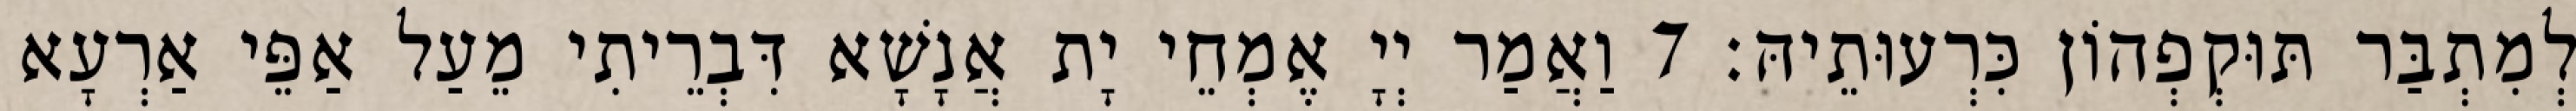
לְמִתְבַּר תּוּקְפְהוֹן כִּרְעוּתֵיהּ׃ 7 וַאֲמַר יְיָ אֶמְחֵי יָת אֲנָשָׁא דִּבְרֵיתִי מֵעַל אַפֵּי אַרְעָא